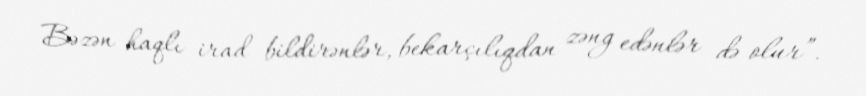
Bəzən haqlı irad bildirənlər, bekarçılıqdan zəng edənlər də olur”.